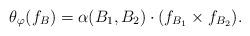
LaTeX: \begin{align*} \theta_\varphi(f_B) = \alpha(B_1,B_2) \cdot (f_{B_1} \times f_{B_2}).\end{align*}